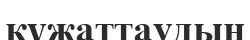
құжаттаудың